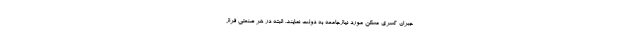
جبران کسری مسکن مورد نیازجامعه به دولت نمایند. البته در هر صنعتی فراز